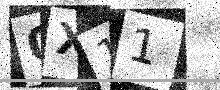
Text: 0X11